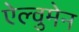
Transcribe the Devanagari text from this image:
ऐल्वुमेन